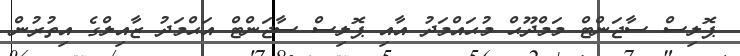
ޕޮލިސް ސާޖަންޓް މަމްދޫޙް މުޙައްމަދު އާއި ޕޮލިސް ސާޖަންޓް އަޙްމަދު ޒާއިިލްގެ އިތުރުން